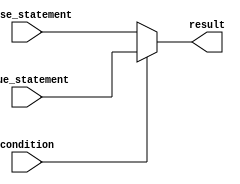
module conditional_operator (
    input wire condition,
    input wire true_statement,
    input wire false_statement,
    output reg result
);

always @* begin
    result = (condition) ? true_statement : false_statement;
end

endmodule